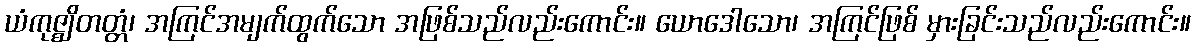
ယံကုဇ္ဈိတတ္တံ၊ အကြင်အမျက်ထွက်သော အဖြစ်သည်လည်းကောင်း။ ယောဒေါသော၊ အကြင်ဖြစ် မှားခြင်းသည်လည်းကောင်း။